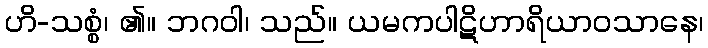
ဟိ-သစ္စံ၊ ၏။ ဘဂဝါ၊ သည်။ ယမကပါဋိဟာရိယာဝသာနေ၊